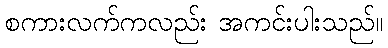
စကားလက်ကလည်း အကင်းပါးသည်။